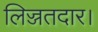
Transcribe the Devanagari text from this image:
लिज्जतदार।